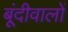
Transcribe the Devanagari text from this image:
बूंदीवालों